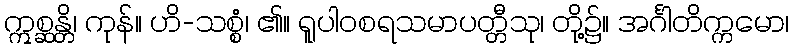
ဣစ္ဆန္တိ၊ ကုန်။ ဟိ-သစ္စံ၊ ၏။ ရူပါဝစရသမာပတ္တီသု၊ တို့၌။ အင်္ဂါတိက္ကမော၊